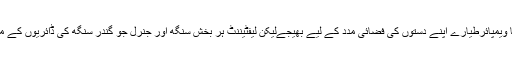
بھارتی ایئر فورس نے پٹھان کوٹ کے اڈے سے پانچ پانچ منٹ کے وقفے سے کل بارہ لڑاکا ویمپائرطیارے اپنے دستوں کی فضائی مدد کے لیے بھیجےلیکن لیفٹیننٹ ہر بخش سنگھ اور جنرل جو گندر سنگھ کی ڈائریوں کے مطابق ان جہازوں نے اپنے ہی فوجیوں پر بمباری کردی، جس نے ان کو کافی نقصان پہنچایا۔